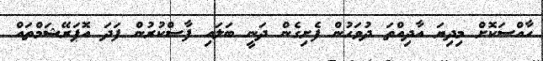
ހާއްސަކޮށް މިދިޔަ އާދިއްތަ ދުވަހުން ފެށިގެން ދަނީ ބަލައި ފާސްކުރުން ފަދަ އޮޕަރޭޝަމްތައް